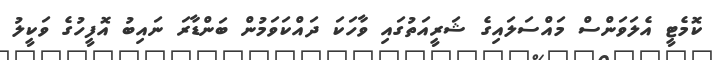
ކޮމެޓީ އެލަވަންސް މައްސަލައިގެ ޝަރީއަތުގައި ވާހަކަ ދައްކަވަމުން ބަންޑާރަ ނައިބު އޮފީހުގެ ވަކީލު